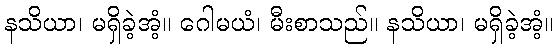
နသိယာ၊ မရှိခဲ့အံ့။ ဂေါမယံ၊ မီးစာသည်။ နသိယာ၊ မရှိခဲ့အံ့။